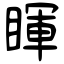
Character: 睴